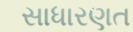
સાધારણત